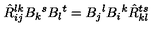
\hat { R } _ { i j } ^ { l k } B _ { k } { } ^ { s } B _ { l } { } ^ { t } = B _ { j } { } ^ { l } B _ { i } { } ^ { k } \hat { R } _ { k l } ^ { t s }